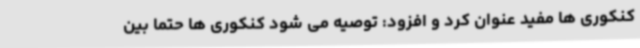
کنکوری ها مفید عنوان کرد و افزود: توصیه می شود کنکوری ها حتما بین